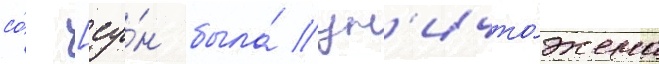
со́ [су́н была́ ун'ичто́жена